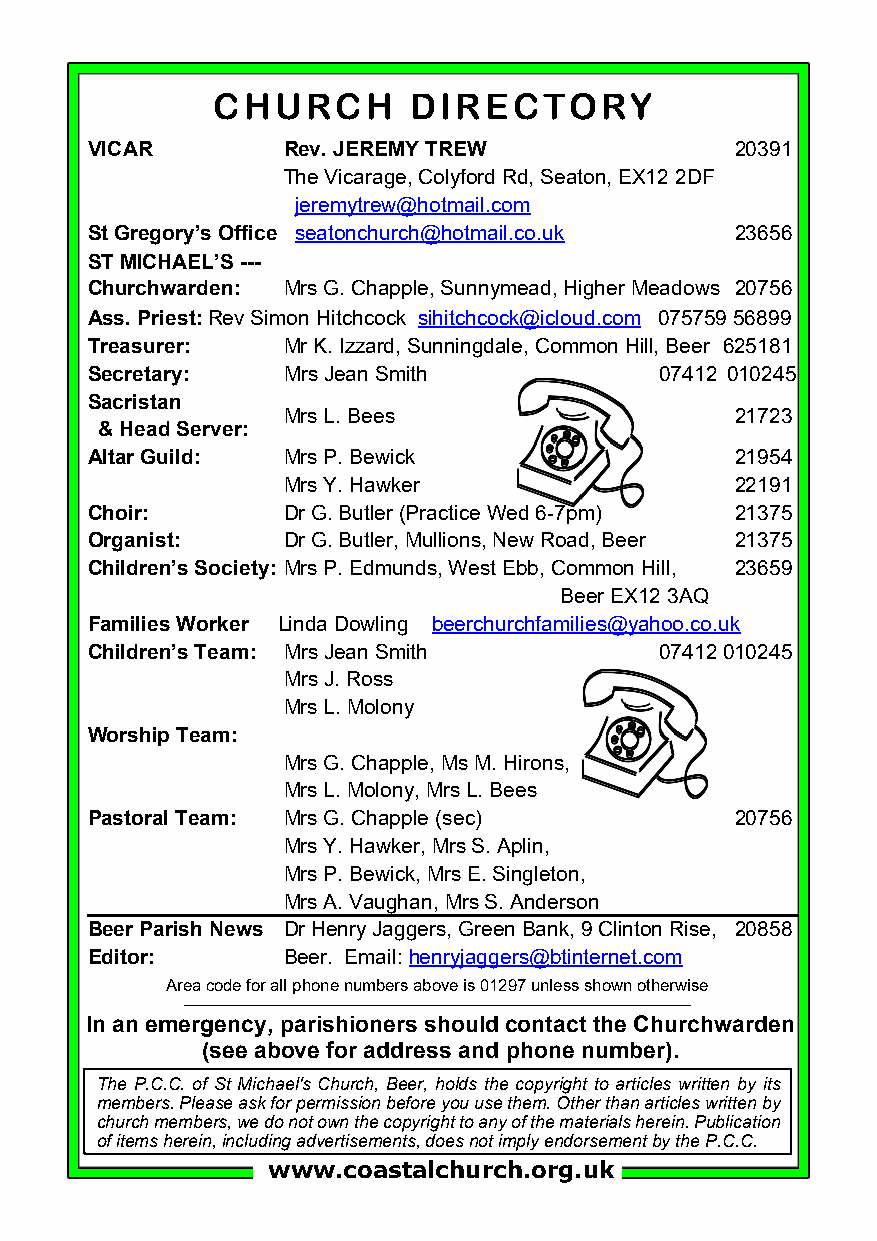
CHURCH       DIRECTORY
 VICAR        Rev. JEREMY TREW              20391
 The Vicarage, Colyford Rd, Seaton, EX12 2DF
 jeremytrew@hotmail.com
 St Gregory’s Office seatonchurch@hotmail.co.uk 23656
 ST MICHAEL’S ---
 Churchwarden: Mrs G. Chapple, Sunnymead, Higher Meadows 20756
 Ass. Priest: Rev Simon Hitchcock sihitchcock@icloud.com 075759 56899
 Treasurer:   Mr K. Izzard, Sunningdale, Common Hill, Beer 625181
 Secretary:   Mrs Jean Smith           07412'010245
 Sacristan
 Mrs L. Bees                   21723
 & Head Server:
 Altar Guild: Mrs P. Bewick                 21954
 Mrs Y. Hawker                 22191
 Choir:       Dr G. Butler (Practice Wed 6-7pm) 21375
 Organist:    Dr G. Butler, Mullions, New Road, Beer 21375
 Children’s Society: Mrs P. Edmunds, West Ebb, Common Hill, 23659
 Beer EX12 3AQ
 Families Worker Linda Dowling beerchurchfamilies@yahoo.co.uk
 Children’s Team: Mrs Jean Smith       07412010245
 Mrs J. Ross
 Mrs L. Molony
 Worship Team:
 Mrs G. Chapple, Ms M. Hirons,
 Mrs L. Molony, Mrs L. Bees
 Pastoral Team: Mrs G. Chapple (sec)        20756
 Mrs Y. Hawker, Mrs S. Aplin,
 Mrs P. Bewick, Mrs E. Singleton,
 Mrs A. Vaughan, Mrs S. Anderson
 Beer Parish News Dr Henry Jaggers, Green Bank, 9 Clinton Rise, 20858
 Editor:      Beer. Email: henryjaggers@btinternet.com
 Area code for all phone numbers above is 01297 unless shown otherwise
 In an emergency, parishioners should contact the Churchwarden
 (see above for address and phone number).
 The P.C.C. of St Michael's Church, Beer, holds the copyright to articles written by its
 members. Please ask for permission before you use them. Other than articles written by
 church members, we do not own the copyright to any of the materials herein. Publication
 of items herein, including advertisements, does not imply endorsement by the P.C.C.
 www.coastalchurch.org.uk